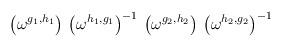
LaTeX: \begin{align*}\left( \omega^{g_1, h_1} \right) \,\left( \omega^{h_1, g_1} \right)^{-1} \,\left( \omega^{g_2, h_2} \right) \,\left( \omega^{h_2, g_2} \right)^{-1}\end{align*}